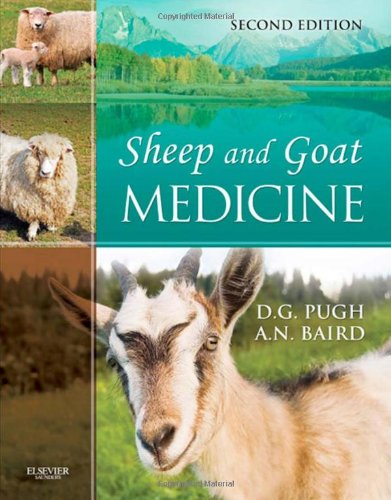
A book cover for Sheep and Goat Medicine, 2e; D. G. Pugh DVM  MS; Crafts, Hobbies & Home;